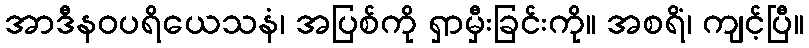
အာဒီနဝပရိယေသနံ၊ အပြစ်ကို ရှာမှီးခြင်းကို။ အစရိံ၊ ကျင့်ပြီ။